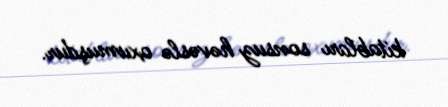
kitabları sonsuz həvəslə oxumuşdur.